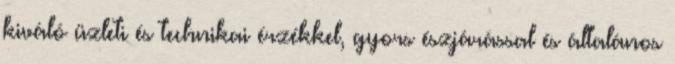
kiváló üzleti és technikai érzékkel, gyors észjárással és általános